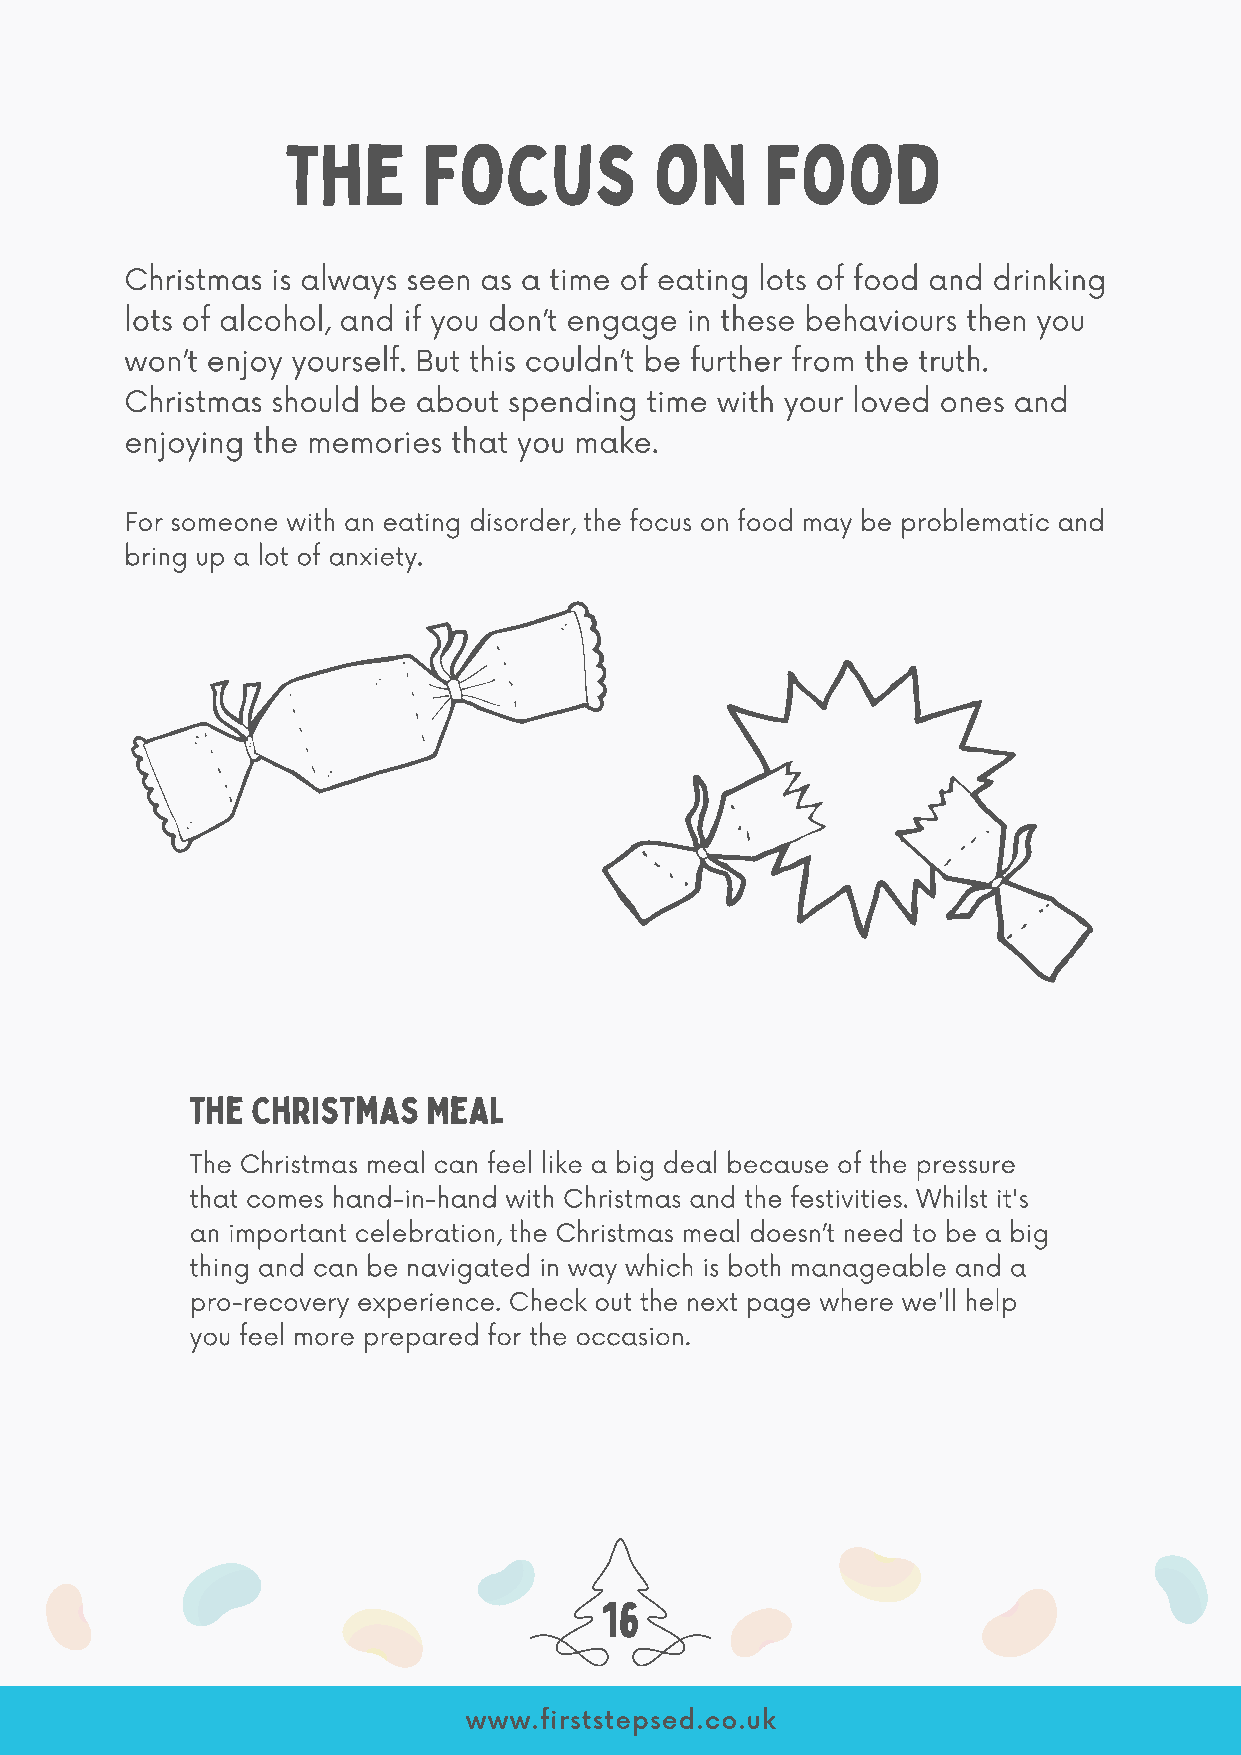
The      Focus          on      Food
 Christmas is always seen as a time of eating lots of food and drinking
 lots of alcohol, and if you don’t engage in these behaviours then you
 won’t enjoy yourself. But this couldn’t be further from the truth.
 Christmas should be about spending time with your loved ones and
 enjoying the memories that you make.
 For someone with an eating disorder, the focus on food may be problematic and
 bring up a lot of anxiety.
 The Christmas  Meal
 The Christmas meal can feel like a big deal because of the pressure
 that comes hand-in-hand with Christmas and the festivities. Whilst it's
 an important celebration, the Christmas meal doesn’t need to be a big
 thing and can be navigated in way which is both manageable and a
 pro-recovery experience. Check out the next page where we'll help
 you feel more prepared for the occasion.
 16
 www.firststepsed.co.uk